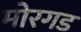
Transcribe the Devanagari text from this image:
मोरगड